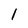
Character: l